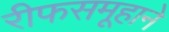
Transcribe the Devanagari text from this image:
रीफसमूहाने